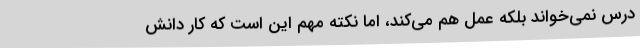
درس نمی‌خواند بلکه عمل هم می‌کند، اما نکته مهم این است که کار دانش